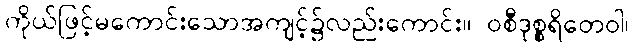
ကိုယ်ဖြင့်မကောင်းသောအကျင့်၌လည်းကောင်း။ ဝစီဒုစ္စရိတေဝါ၊